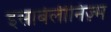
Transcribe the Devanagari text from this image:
इसाबेलीनिज़्म